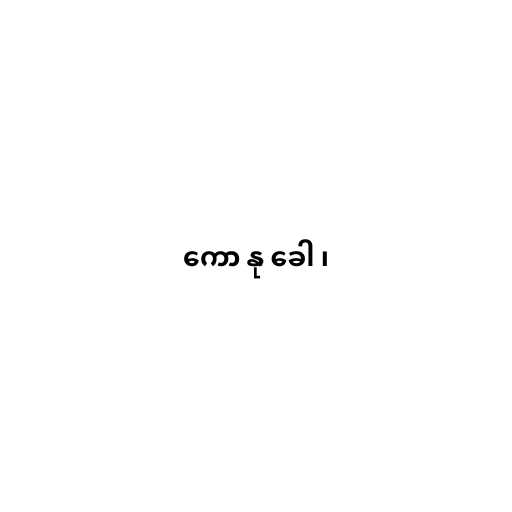
ကော နု ခေါ ၊